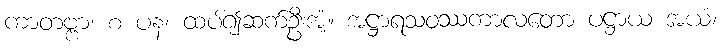
ကာတဗ္ဗာ၊ စ ပန၊ ထပ်၍ဆက်ဦးအံ့။ အဋ္ဌာရသဝဿကာလတော ပဋ္ဌာယ အယံ၊